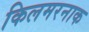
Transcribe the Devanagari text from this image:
किलमरनाक